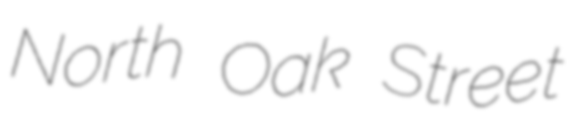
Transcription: North Oak Street